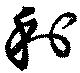
利